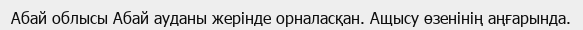
Абай облысы Абай ауданы жерінде орналасқан. Ащысу өзенінің аңғарында.